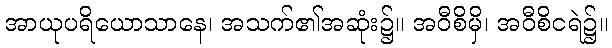
အာယုပရိယောသာနေ၊ အသက်၏အဆုံး၌။ အဝီစိမှိ၊ အဝီစိငရဲ၌။